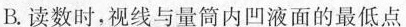
B.读数时，视线与量筒内凹液面的最低点